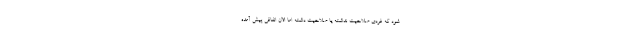
شود که فردی صلاحیت نداشته یا صلاحیت داشته اما الان اتفاقی پیش آمده